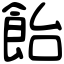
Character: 飴